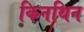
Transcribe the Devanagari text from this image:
किनथिन